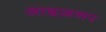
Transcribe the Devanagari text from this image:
आइज़नर